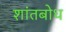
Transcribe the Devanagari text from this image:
शांतबोध